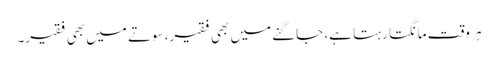
ہر وقت مانگتا رہتا ہے، جاگنے میں بھی فقیر، سوتے میں بھی فقیر۔